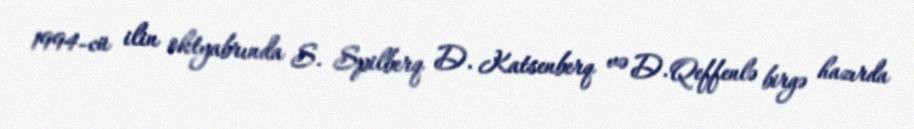
1994-cü ilin oktyabrında S. Spilberq D. Katsenberq və D. Qeffenlə birgə hazırda